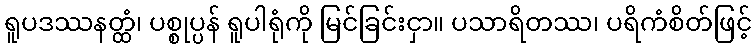
ရူပဒဿနတ္ထံ၊ ပစ္စုပ္ပန် ရူပါရုံကို မြင်ခြင်းငှာ။ ပသာရိတဿ၊ ပရိကံစိတ်ဖြင့်